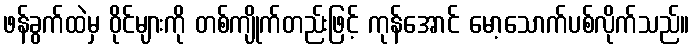
ဖန်ခွက်ထဲမှ ဝိုင်များကို တစ်ကျိုက်တည်းဖြင့် ကုန်အောင် မော့သောက်ပစ်လိုက်သည်။